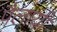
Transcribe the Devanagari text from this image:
पैलायी